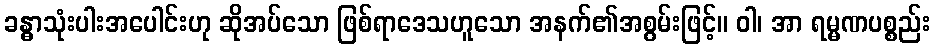
ခန္ဓာသုံးပါးအပေါင်းဟု ဆိုအပ်သော ဖြစ်ရာဒေသဟူသော အနက်၏အစွမ်းဖြင့်။ ဝါ၊ အာ ရမ္မဏပစ္စည်း